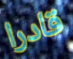
قادرا